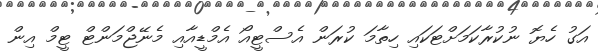
އަގު ހެޔޮ ނުކުރާކަމަށްޓަކައި ހިތާމަ ކުރަން އެސްޓީއޯ އެމްޑީއާއި މެނޭޖްމަންޓް ޓީމް އިން